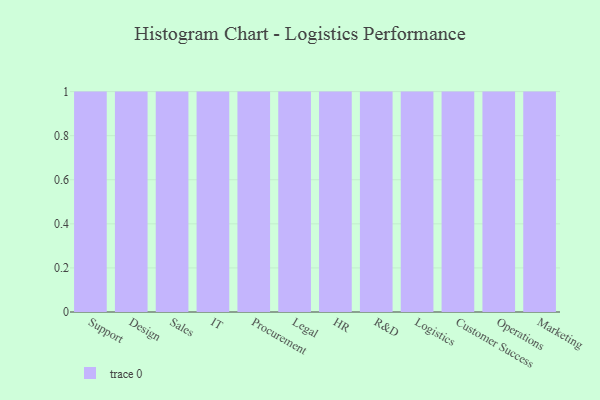
{"axis": {"x": "Department", "y": "Temperature (°C)"}, "legend": [""], "data": [{"x": "Support", "y": 12, "type": ""}, {"x": "Design", "y": 22, "type": ""}, {"x": "Sales", "y": 28, "type": ""}, {"x": "IT", "y": 40, "type": ""}, {"x": "Procurement", "y": 23, "type": ""}, {"x": "Legal", "y": 19, "type": ""}, {"x": "HR", "y": 26, "type": ""}, {"x": "R&D", "y": 78, "type": ""}, {"x": "Logistics", "y": 29, "type": ""}, {"x": "Customer Success", "y": 82, "type": ""}, {"x": "Operations", "y": 16, "type": ""}, {"x": "Marketing", "y": 37, "type": ""}]}